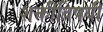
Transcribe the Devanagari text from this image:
शक्तीविषयी